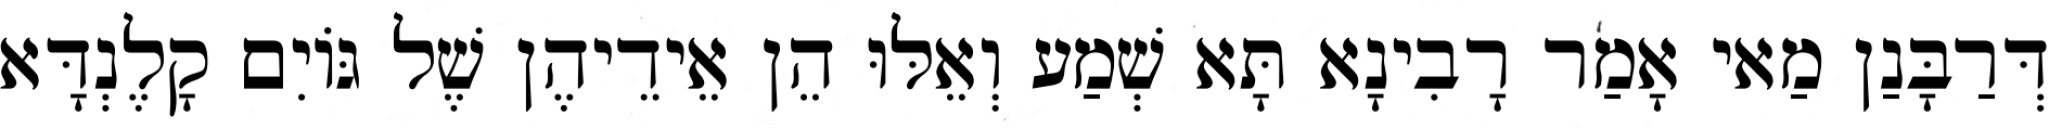
דְּרַבָּנַן מַאי אָמַר רָבִינָא תָּא שְׁמַע וְאֵלּוּ הֵן אֵידֵיהֶן שֶׁל גּוֹיִם קָלֶנְדָּא